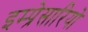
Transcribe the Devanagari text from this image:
इम्प्रेसारियो